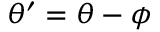
\theta ^ { \prime } = \theta - \phi